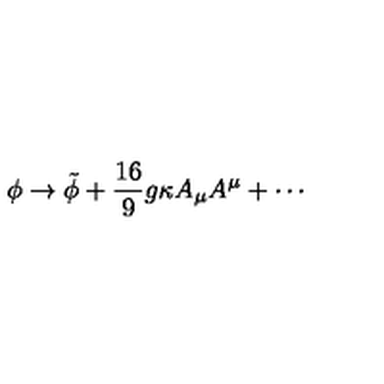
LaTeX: \phi \rightarrow \tilde { \phi } + \frac { 1 6 } { 9 } g \kappa A _ { \mu } A ^ { \mu } + \cdots